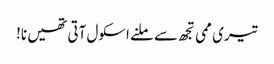
تیری ممی تجھ سے ملنے اسکول آتی تھیں نا!